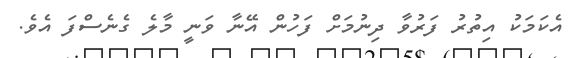
އެކަމަކު އިތުރު ފަރުވާ ދިނުމަށް ފަހުން އޭނާ ވަނީ މާލެ ގެނެސްފަ އެވެ.